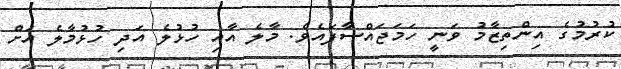
ކުރުމުގެ އިންތިޒާމު ވަނީ ހަމަޖައްސާފައެވެ. މާލެ އާއި ހުޅުލެ އަދި ހުޅުމާލެ އަށް